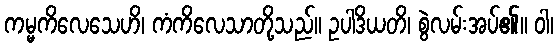
ကမ္မကိလေသေဟိ၊ ကံကိလေသာတို့သည်။ ဥပါဒိယတိ၊ စွဲလမ်းအပ်၏။ ဝါ၊